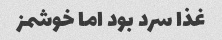
غذا سرد بود اما خوشمز